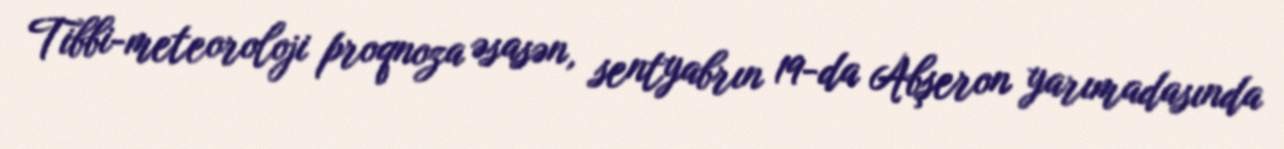
Tibbi-meteoroloji proqnoza əsasən, sentyabrın 19-da Abşeron yarımadasında